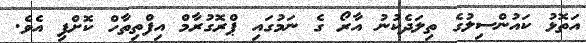
އަތޮޅު ކައުންސިލުގެ ތިލަދެކުނު އާރޯ ގެ ނަމުގައި ޕްރޮގުރާމް އިފްތިތާހް ކޮށްފި އެވެ.